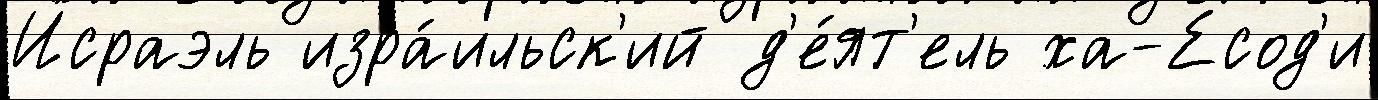
Исраэль изра́ильск'ий д'е́ят'ель ха-Есод'и